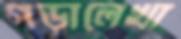
পড়ালেখা